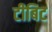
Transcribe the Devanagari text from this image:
टीबिट